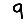
Digit: 9